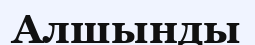
Алшынды